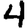
Digit: 4